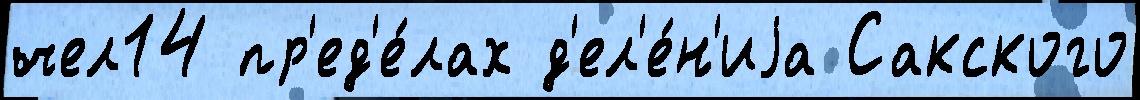
чел14 пр'ед'е́лах д'ел'е́н'иjа Сакского